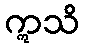
ဣသိ